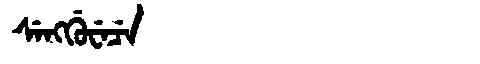
Manchu: ᠰᡝᠩᡤᡠᠸᡝᠴᡝ
Romanization: SENGGUWECE